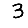
Digit: 3